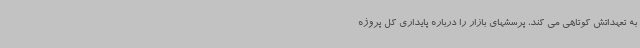
به تعهداتش کوتاهی می کند، پرسشهای بازار را درباره پایداری کل پروژه